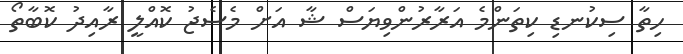
ހިތާ ސިކުނޑި ކިތަންމެ އަރާރުންވިޔަސް ޝާ އަށް މެސެޖު ކޮއްލީ ރާއިދު ކޮބާތޯ